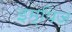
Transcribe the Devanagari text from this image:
इम्पिंज